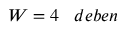
W = 4 \; \; \; d e b e n